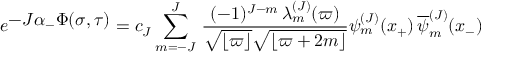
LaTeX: e ^ { \textstyle - J \alpha _ { - } \Phi ( \sigma , \tau ) } = c _ { J } \sum _ { m = - J } ^ { J } \, { \frac { ( - 1 ) ^ { J - m } \, \lambda _ { m } ^ { ( J ) } ( \varpi ) } { \sqrt { \lfloor \varpi \rfloor } \sqrt { \lfloor \varpi + 2 m \rfloor } } } \psi _ { m } ^ { ( J ) } ( x _ { + } ) \, { \overline { { \psi } } _ { m } ^ { ( J ) } } ( x _ { - } )